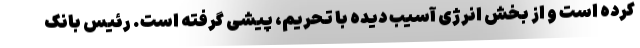
کرده است و از بخش انرژی آسیب دیده با تحریم، پیشی گرفته است. رئیس بانک